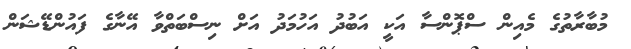
މުބާރާތުގެ މެއިން ސްޕޮންސާ އަކީ އަބުދު އަހުމަދު އަށް ނިސްބަތްވާ އޭނާގެ ފައުންޑޭޝަން